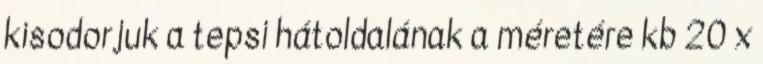
kisodorjuk a tepsi hátoldalának a méretére kb 20 x